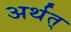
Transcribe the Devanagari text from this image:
अर्थत्